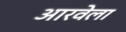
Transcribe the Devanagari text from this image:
आरवेला